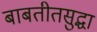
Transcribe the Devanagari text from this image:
बाबतीतसुद्धा